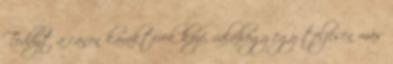
Teddyt a canon karakterek közé, valahogy egy teljesen más